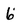
Character: 6